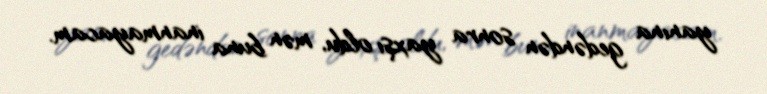
yanına gedəndən sonra yaxşı oldu, mən buna inanmayacam.